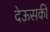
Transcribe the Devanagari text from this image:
देऊसकी